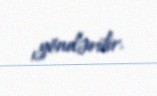
göndərilir.